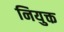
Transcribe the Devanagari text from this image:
नियुक्त